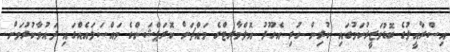
އިސްރާއީލުގެ ބޮޑުވަޒީރުކަމުގައި ކުރިން ހުރި އެހޫދު އޮލްމާރޓްގެ މައްޗަށް ކޮރަޕްޝަންގެ މައްސަލައެއްގައި ދައުވާކުރުމަށް